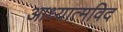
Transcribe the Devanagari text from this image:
आध्यात्मविद